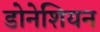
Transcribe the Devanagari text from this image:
डोनेशियन